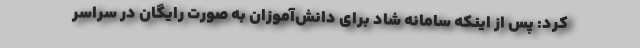
کرد: پس از اینکه سامانه شاد برای دانش‌آموزان به صورت رایگان در سراسر